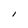
Character: l